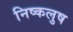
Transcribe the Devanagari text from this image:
निष्कलुष